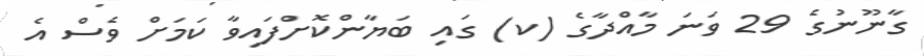
ގާނޫނުގެ 29 ވަނަ މާއްދާގެ (ކ) ގައި ބަޔާންކޮށްފައިވާ ކަމަށް ވެސް އެ